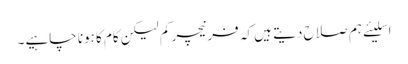
اسلیئے ہم صلاح دیتے ہیں کہ فرنیچر کم لیکن کام کا ہونا چاہیے۔